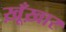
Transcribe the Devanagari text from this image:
ख़ूँख़ार